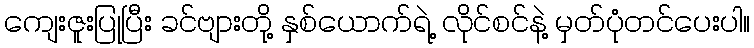
ကျေးဇူးပြုပြီး ခင်ဗျားတို့ နှစ်ယောက်ရဲ့ လိုင်စင်နဲ့ မှတ်ပုံတင်ပေးပါ။